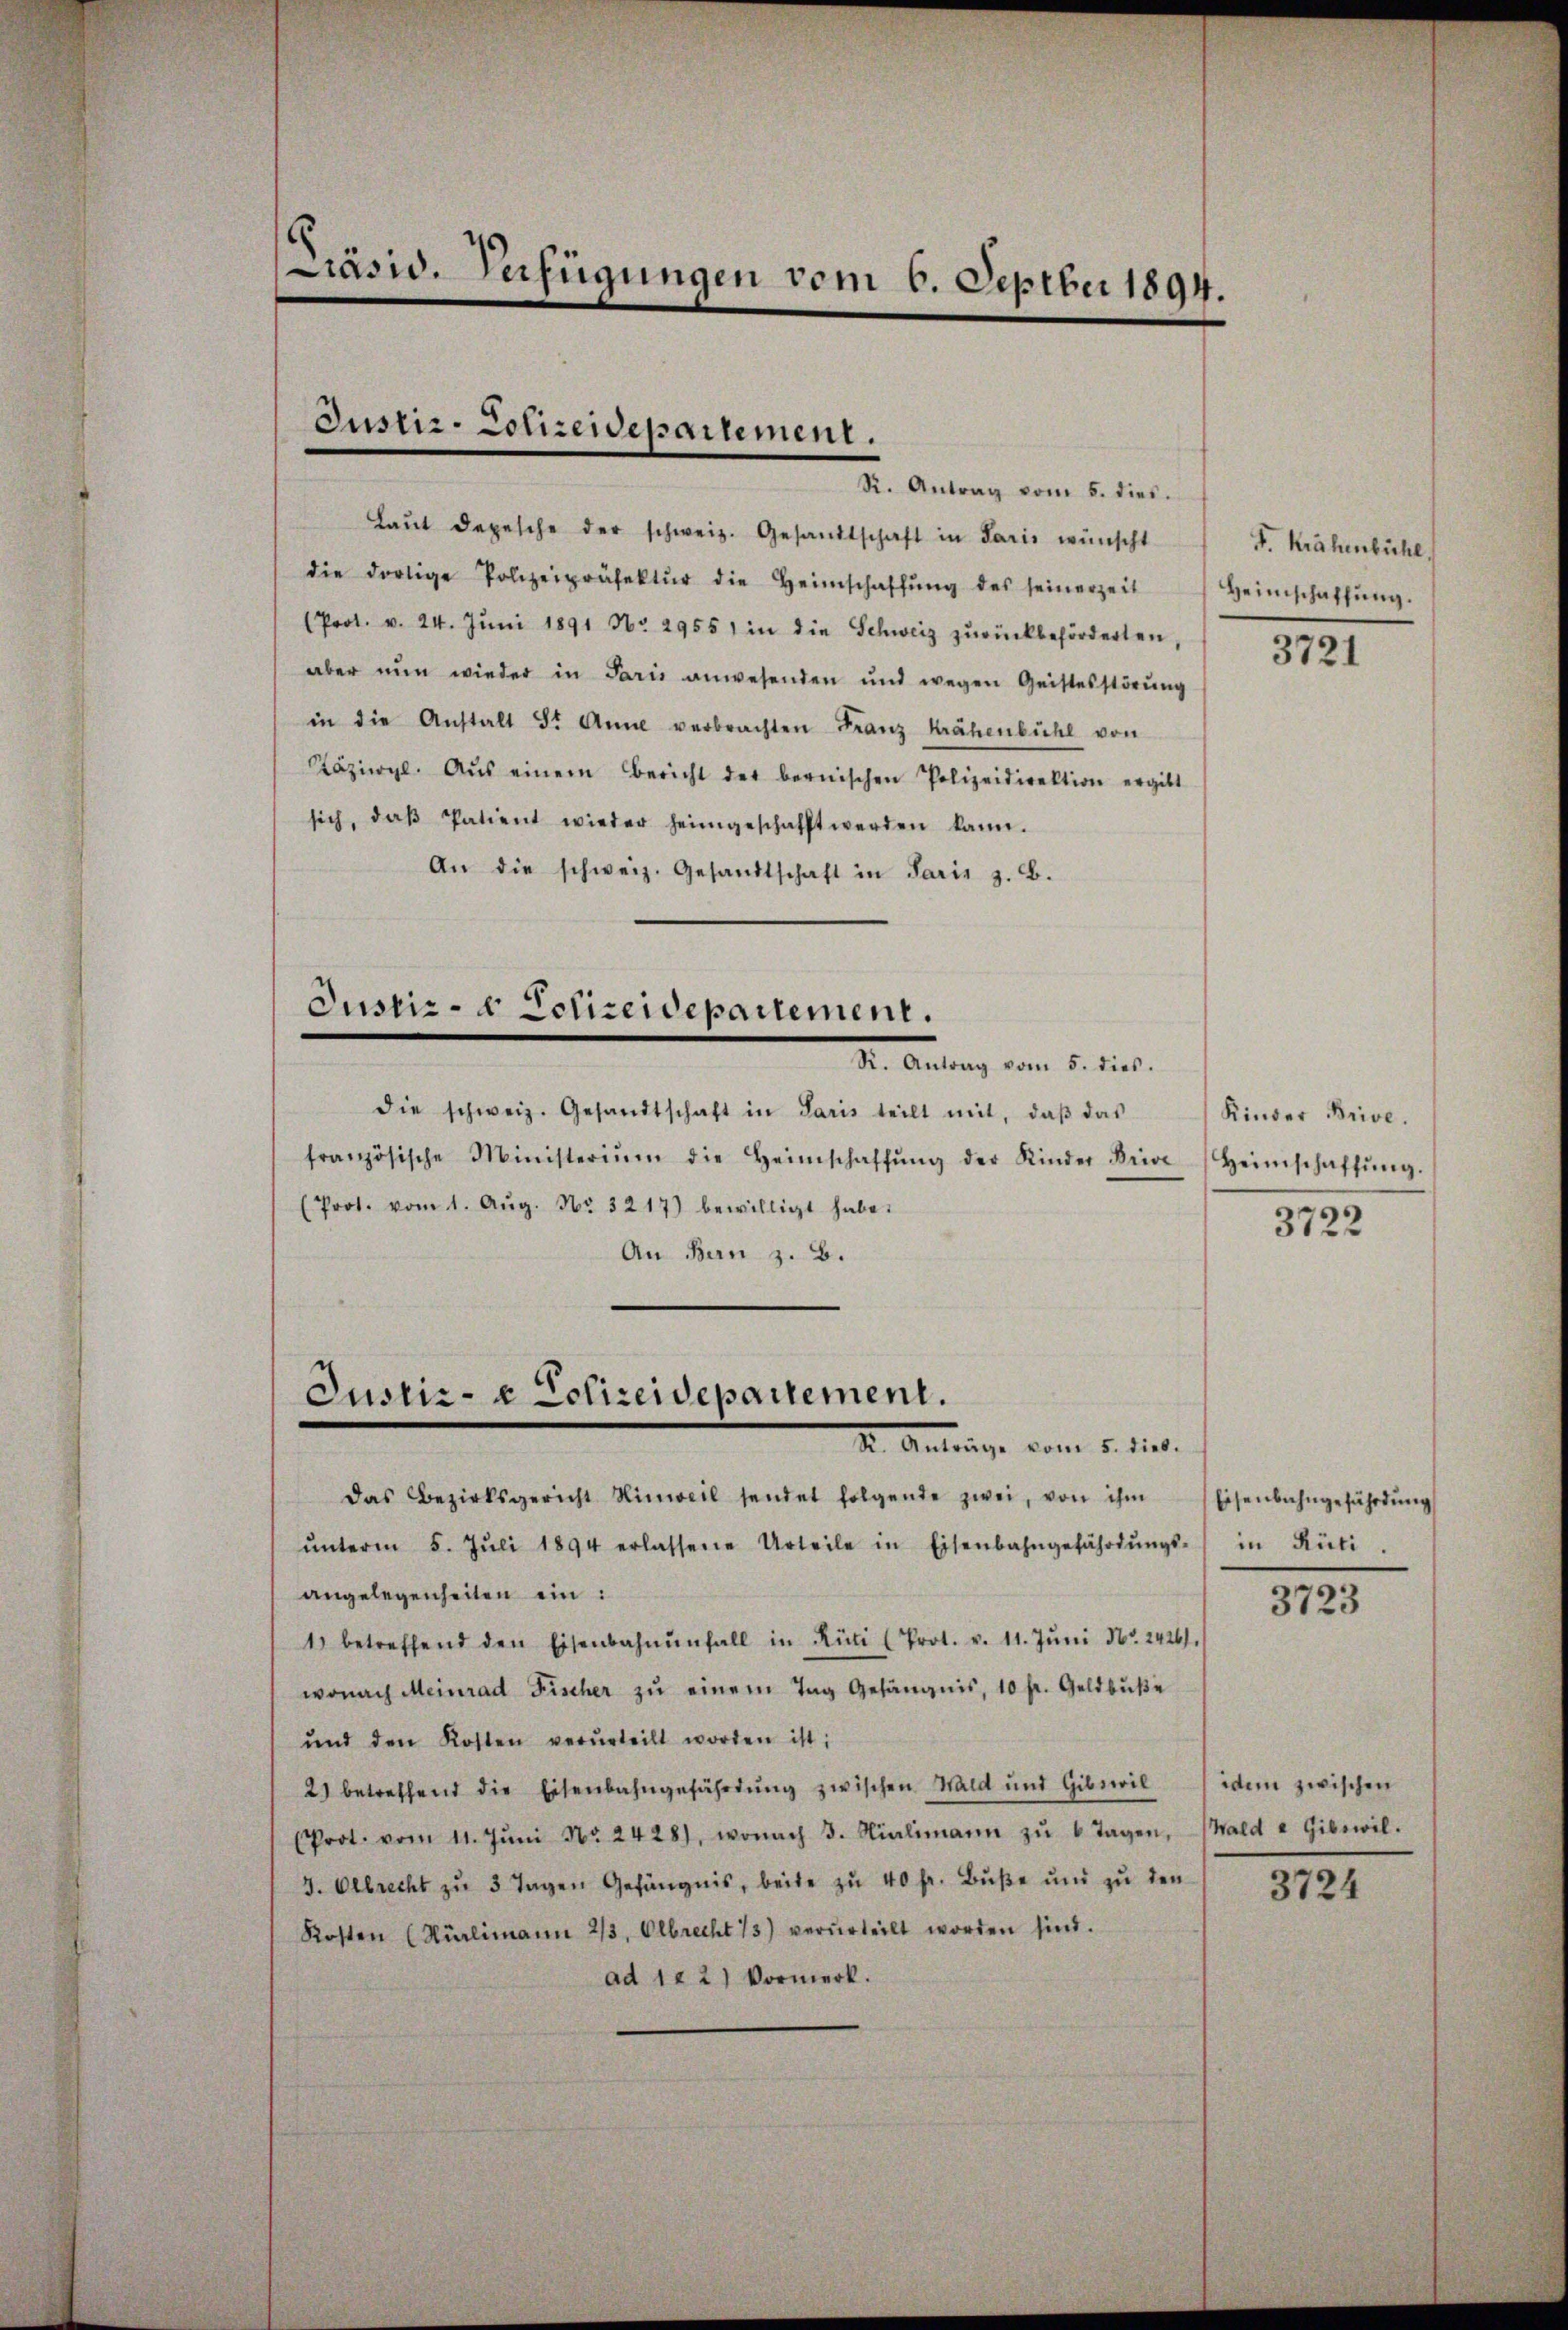
Präsid. Verfügungen vom 6. Septber 1894.

Justiz-Cotreidepartement.
R. Antrag vom 5. dies.

Laut depesche der schweiz. Gesandtschaft in Paris wünscht
die dortige Polizeipräfektŭr die Heimschaffŭng des seinerzeit
(Prot. v. 24. Jŭni 1891 No. 29551 in die Schweiz zurückbeförderten,
aber nun wieder in Paris anwesenden und wegen Geistesstörŭng
in die Anstalt St. Anna verbrachten Franz Krähenbühl von
Käziwyl. Aus einem Bericht der bernischen Polizeidirektion ergibt
sich, daβ Patient wieder heimgeschafft werden kann.
An die schweiz. Gesandtschaft in Paris z. B.
Justiz- & Schireidepartement.
Dr. Antrag vom 5. dies.
die schweiz. Gesandtschaft in Paris teilt mit, daβ das Kinder Brive.
französische Ministeriŭm die Heimschaffŭng der Kinder Brive Heimschaffŭng.
(Prot. vom 1. Aŭg. Nr. 3217) bewilligt habe.
An Bern z. B.

Justiz- & Polizeidepartement.
I. Anträge vom 5. dies

das Bezirksgericht Hinweil sendet folgende zwei, von ihm
ŭnterm 5. Jŭli 1894 erlassene Urteile in Eisenbahngefährdŭngs-
angelegenheiten ein:
1) betreffend den Eisenbahnŭnfall in Rüti (Prot. v. 11. Jŭni Nr. 24261.
wonach Meinrad Fischer zŭ einem Tag Gefängnis, 10 fr. Geldbuße
ŭnd den Kosten verurteilt worden ist;
2) betreffend die Eisenbahngefährtung zwischen Wald und Gibseril dem zwischen
(Prot. vom 11. Jŭni Nr. 2428, wonach 3. Niclimann zŭ 1 Tagen, Wald u Gibswil.
3. Albrecht zŭ 3 Tagen Gefängnis, beite zu 40 fr. Bŭβe und zu den
Kosten (Kürlimann 2/3, Olbrecht 13) verurteilt worden sind.
ad 122) Vormerk.

F. Krähenbühl.
Heimschaffung.

3721

3722

Eisenbahngefährdung
in Rüti.

3723

3724